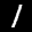
Label: 1